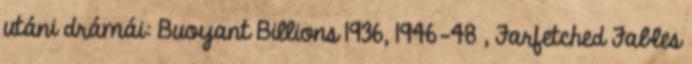
utáni drámái: Buoyant Billions 1936, 1946-48 , Farfetched Fables